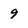
Character: 9